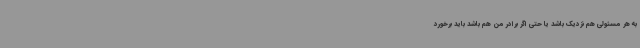
به هر مسئولی هم نزدیک باشد یا حتی اگر برادر من هم باشد باید برخورد